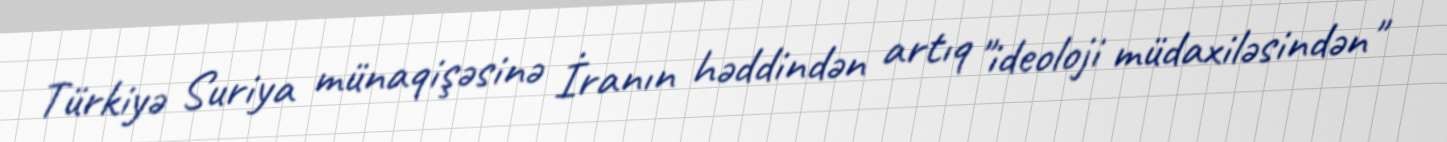
Türkiyə Suriya münaqişəsinə İranın həddindən artıq "ideoloji müdaxiləsindən"